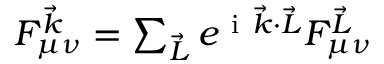
\begin{array} { r } { F _ { \mu \nu } ^ { \vec { k } } = \sum _ { \vec { L } } e ^ { \mathrm { ~ i ~ } \vec { k } \cdot \vec { L } } F _ { \mu \nu } ^ { \vec { L } } } \end{array}